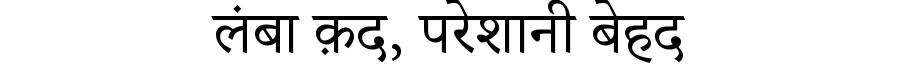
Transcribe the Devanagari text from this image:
लंबा क़द, परेशानी बेहद